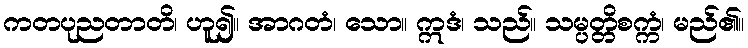
ကတပုညတာတိ၊ ဟူ၍။ အာဂတံ၊ သော။ ဣဒံ၊ သည်။ သမ္ပတ္တိစက္ကံ၊ မည်၏။